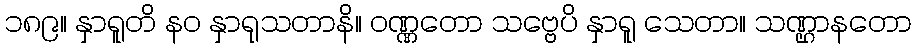
၁၈၉။ နှာရူတိ နဝ နှာရုသတာနိ။ ဝဏ္ဏတော သဗ္ဗေပိ နှာရူ သေတာ။ သဏ္ဌာနတော